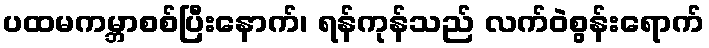
ပထမကမ္ဘာစစ်ပြီးနောက်၊ ရန်ကုန်သည် လက်ဝဲစွန်းရောက်